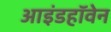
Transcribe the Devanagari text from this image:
आइंडहॉवेन